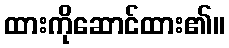
ထားကိုဆောင်ထား၏။